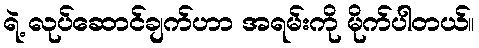
ရဲ့ လုပ်ဆောင်ချက်ဟာ အရမ်းကို မိုက်ပါတယ်။